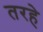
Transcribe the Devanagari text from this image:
तरहे